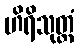
ဟိရိသုတ္တံ